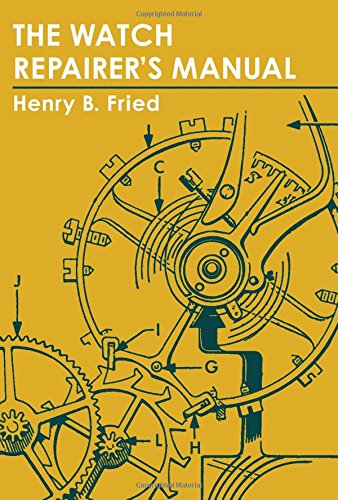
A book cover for The Watch Repairer's Manual; Henry B. Fried; Crafts, Hobbies & Home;